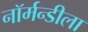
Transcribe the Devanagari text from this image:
नॉर्मन्डीला